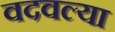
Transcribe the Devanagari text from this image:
वदवल्या